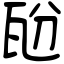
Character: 瓰